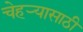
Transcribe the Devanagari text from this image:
चेहर्‍यासाठी